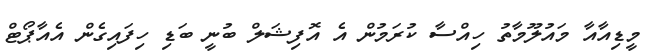
މީޑިއާއާ މައުލޫމާތު ހިއްސާ ކުރަމުން އެ އޮފިޝަލް ބުނީ ބަޑި ހިފައިގެން އެއާޕޯޓް